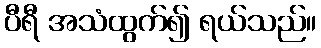
ပီရီ အသံထွက်၍ ရယ်သည်။